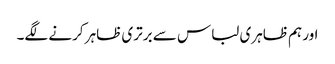
اور ہم ظاہری لباس سے برتری ظاہر کرنے لگے۔